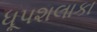
ધૂપશલાકા